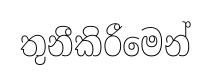
තුනීකිරීමෙන්